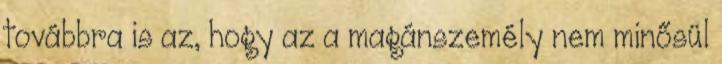
továbbra is az, hogy az a magánszemély nem minősül